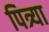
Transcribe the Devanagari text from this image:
पित्र्या